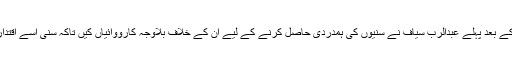
روس کی شکست کے بعد پہلے عبدالرب سیاف نے سنیوں کی ہمدردی حاصل کرنے کے لیے ان کے خلاف بلاوجہ کارووائیاں کیں تاکہ سنی اسے اقتدار کے لیے چُن لیں۔